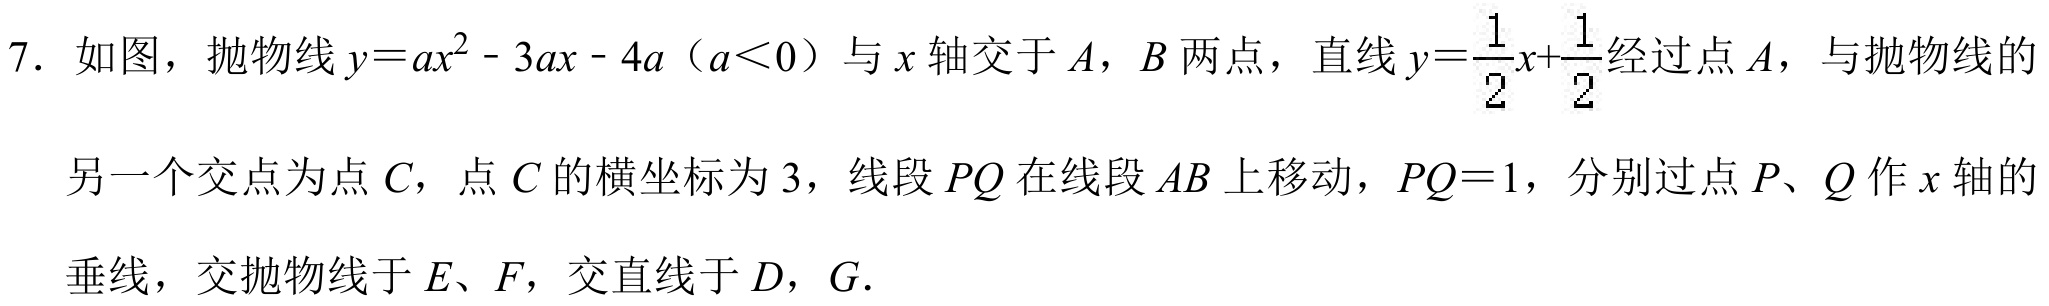
7. 如图，抛物线\(y = ax^{2}-3ax - 4a（a<0）\)与\(x\)轴交于\(A\)，\(B\)两点，直线\(y=\frac{1}{2}x+\frac{1}{2}\)经过点\(A\)，与抛物线的
另一个交点为点\(C\)，点\(C\)的横坐标为\(3\)，线段\(PQ\)在线段\(AB\)上移动，\(PQ = 1\)，分别过点\(P\)、\(Q\)作\(x\)轴的
垂线，交抛物线于\(E\)、\(F\)，交直线于\(D\)，\(G\).